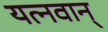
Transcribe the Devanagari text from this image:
यत्नवान्